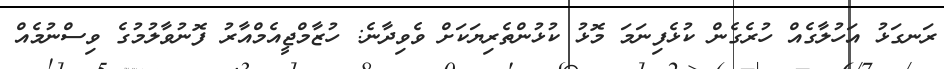
ރަނގަޅު އަހުލާގެއް ހުރެގެން ކުޅެފިނަމަ މޮޅު ކުޅުންތެރިޔަކަށް ވެވިދާނެ: ހުޒާމްޖީއެމްއާރު ފޮނުވާލުމުގެ ވިސްނުމެއް